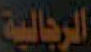
الرجالية